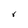
Character: 8